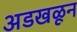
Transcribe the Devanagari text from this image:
अडखळून